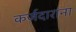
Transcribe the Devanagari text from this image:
कर्जदारांना